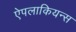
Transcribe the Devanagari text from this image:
ऐपलाकियन्स